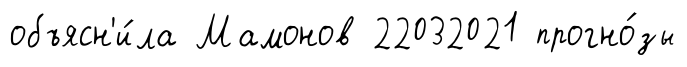
объясн'и́ла Мамонов 22032021 прогно́зы